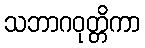
သဘာဂဝုတ္တိကာ